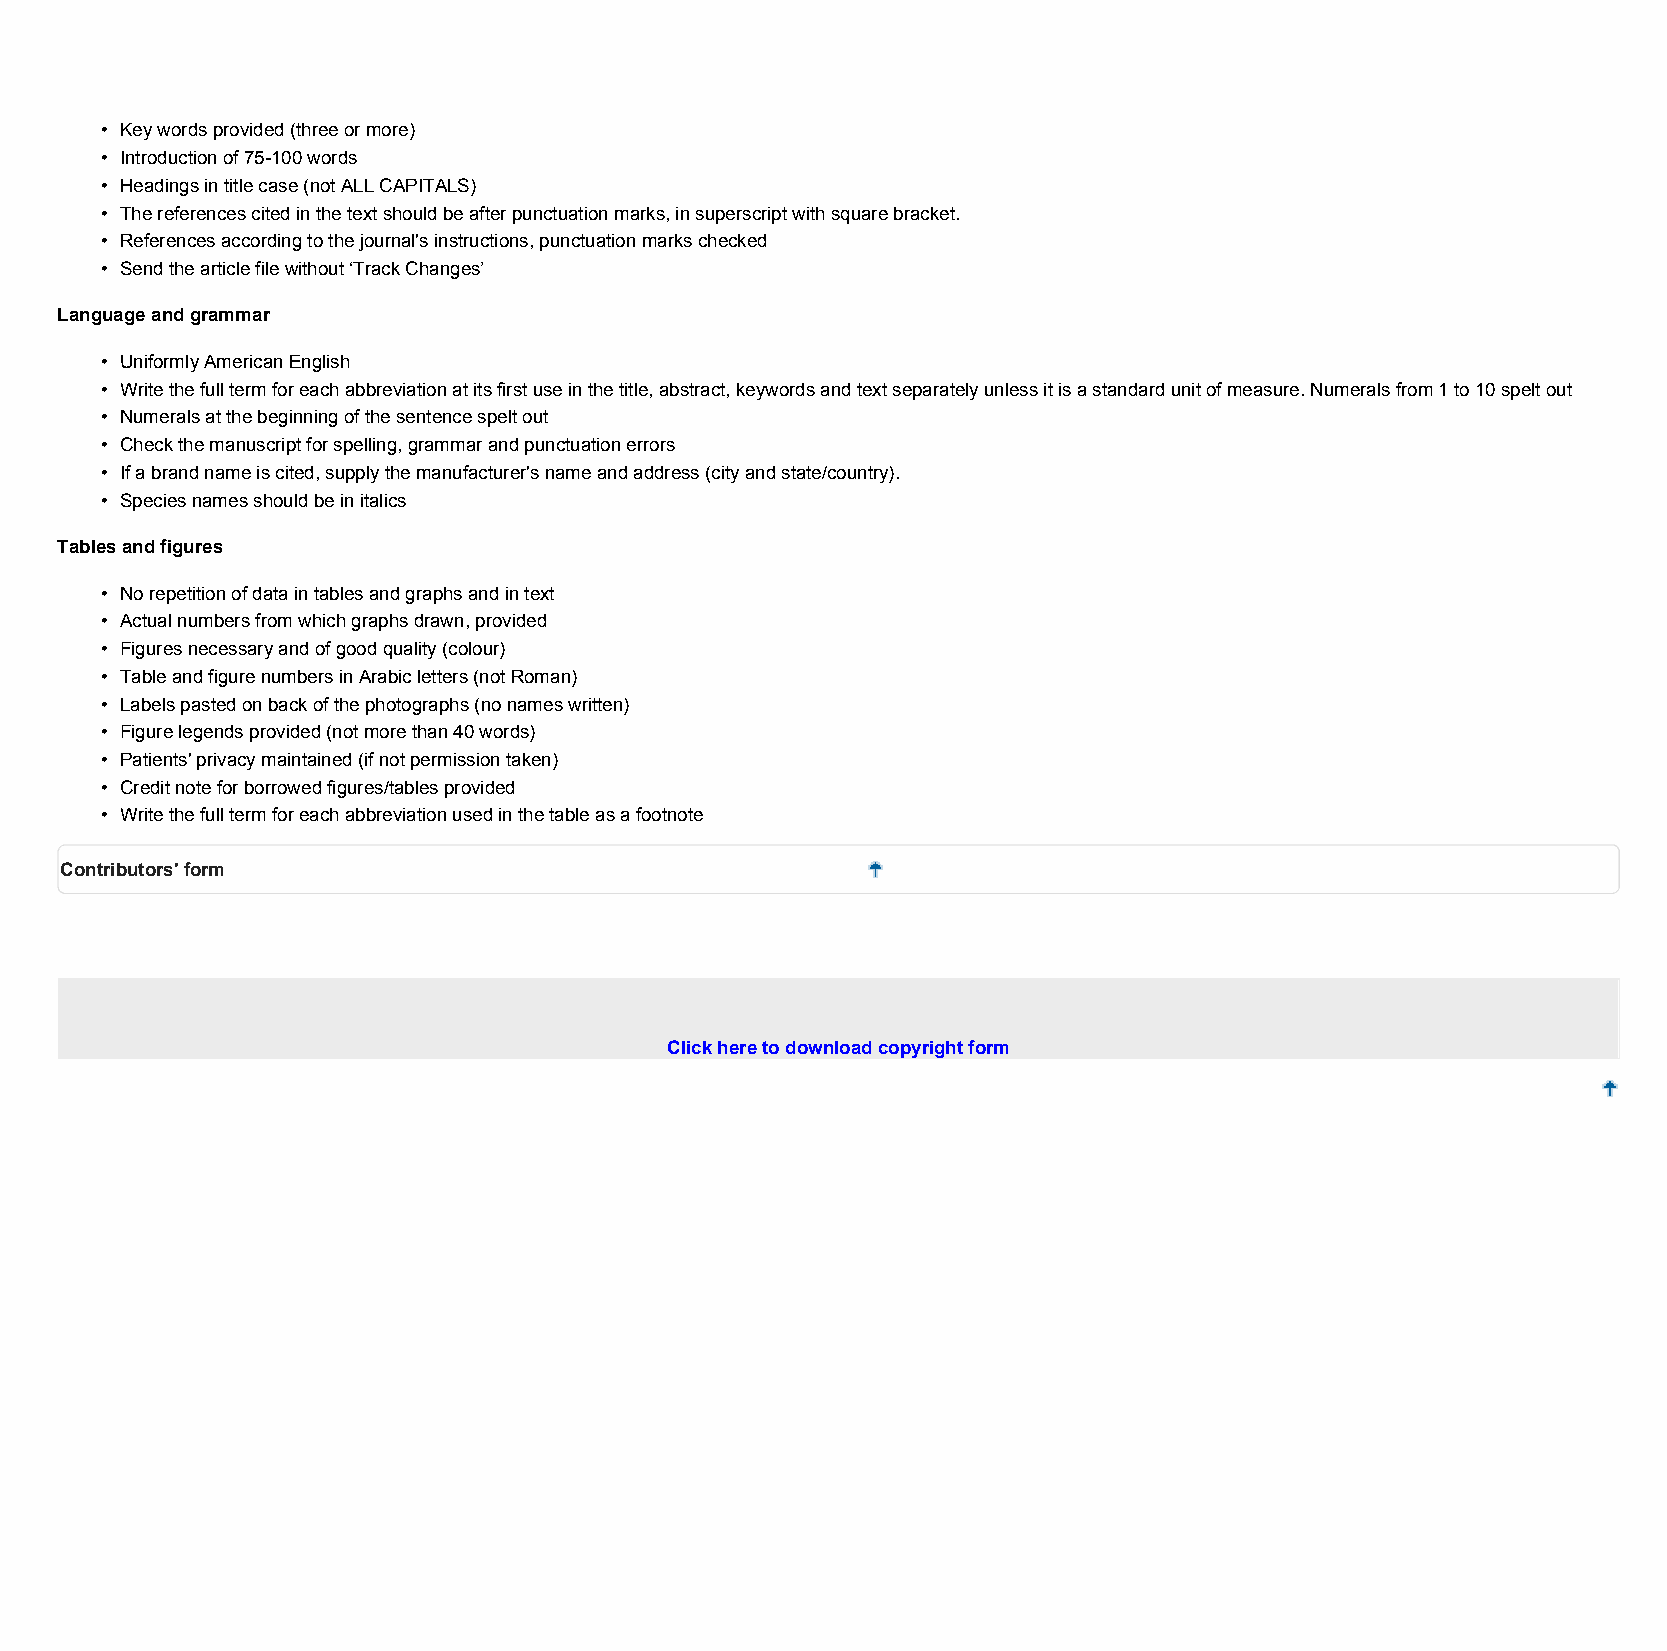
• Keywordsprovided(threeormore)
 • Introductionof75-100words
 • Headingsintitlecase(notALLCAPITALS)
 • Thereferencescitedinthetextshouldbeafterpunctuationmarks,insuperscriptwithsquarebracket.
 • Referencesaccordingtothejournal'sinstructions,punctuationmarkschecked
 • Sendthearticlefilewithout‘TrackChanges’
 Languageandgrammar
 • UniformlyAmericanEnglish
 • Writethefulltermforeachabbreviationatitsfirstuseinthetitle,abstract,keywordsandtextseparatelyunlessitisastandardunitofmeasure.Numeralsfrom1to10speltout
 • Numeralsatthebeginningofthesentencespeltout
 • Checkthemanuscriptforspelling,grammarandpunctuationerrors
 • Ifabrandnameiscited,supplythemanufacturer'snameandaddress(cityandstate/country).
 • Speciesnamesshouldbeinitalics
 Tablesandfigures
 • Norepetitionofdataintablesandgraphsandintext
 • Actualnumbersfromwhichgraphsdrawn,provided
 • Figuresnecessaryandofgoodquality(colour)
 • TableandfigurenumbersinArabicletters(notRoman)
 • Labelspastedonbackofthephotographs(nonameswritten)
 • Figurelegendsprovided(notmorethan40words)
 • Patients'privacymaintained(ifnotpermissiontaken)
 • Creditnoteforborrowedfigures/tablesprovided
 • Writethefulltermforeachabbreviationusedinthetableasafootnote
 Contributors'form
 Clickheretodownloadcopyrightform